Scottish Certificate of Education, 1962
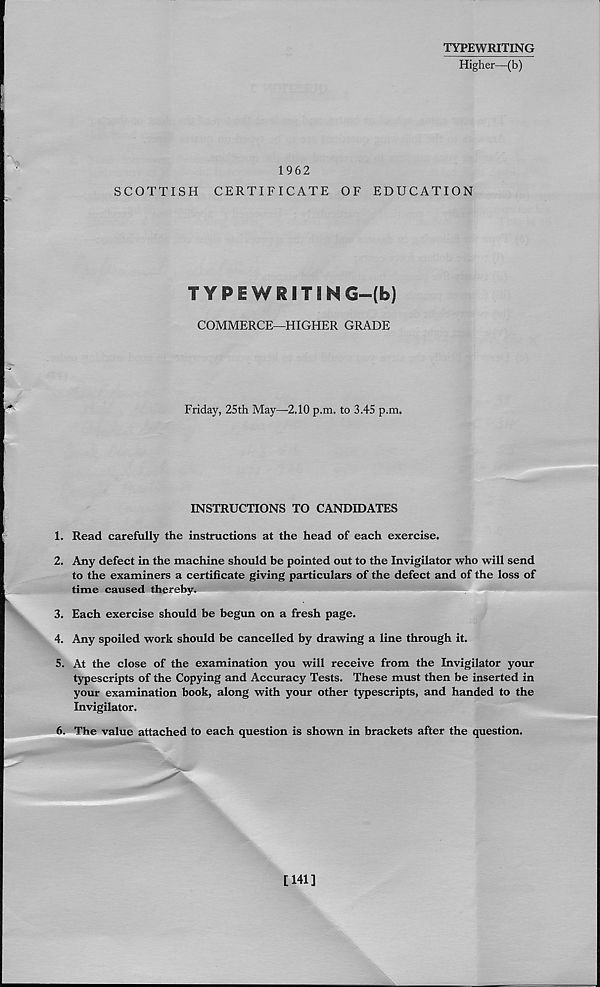
TYPEWRITING
Higher—(b)
SCOTTISH
1962
CERTIFICATE OF EDUCATION
TYPEWRITIN G—(b)
COMMERCE—HIGHER GRADE
Friday, 25th May—2.10 p.m. to 3.45 p.m.
INSTRUCTIONS TO CANDIDATES
1. Read carefully the instructions at the head of each exercise.
2. Any defect in the machine should be pointed out to the Invigilator who will send
to the examiners a certificate giving particulars of the defect and of the loss of
time caused thereby.
3. Each exercise should be begun on a fresh page.
4. Any spoiled work should be cancelled by drawing a line through it.
5. At the close of the examination you will receive from the Invigilator your
typescripts of the Copying and Accuracy Tests. These must then be inserted in
your examination book, along with your other typescripts, and handed to the
Invigilator.
6. The value attached to each question is shown in brackets after the question.
[141]